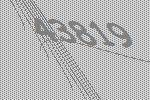
43819